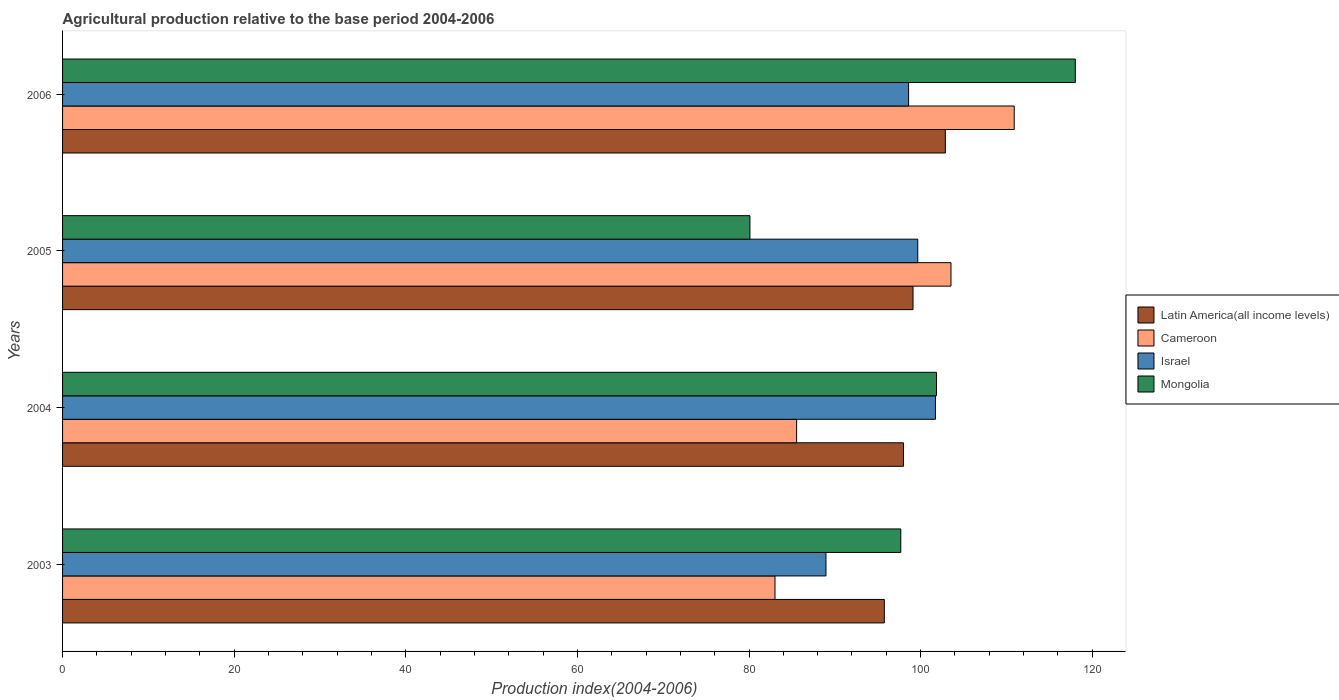
| Years | Latin America(all income levels) | Cameroon | Israel | Mongolia |
 | --- | --- | --- | --- | --- |
 | 2003 | 95.8 | 83 | 89 | 97.7 |
 | 2004 | 98 | 85.5 | 102 | 102 |
 | 2005 | 99.1 | 104 | 99.7 | 80.1 |
 | 2006 | 103 | 111 | 98.6 | 118 |